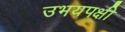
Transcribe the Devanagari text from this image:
उभयपक्षी